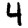
Digit: 4